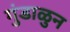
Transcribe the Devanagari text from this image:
गुंडाळुन